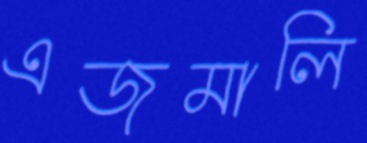
এজমালি